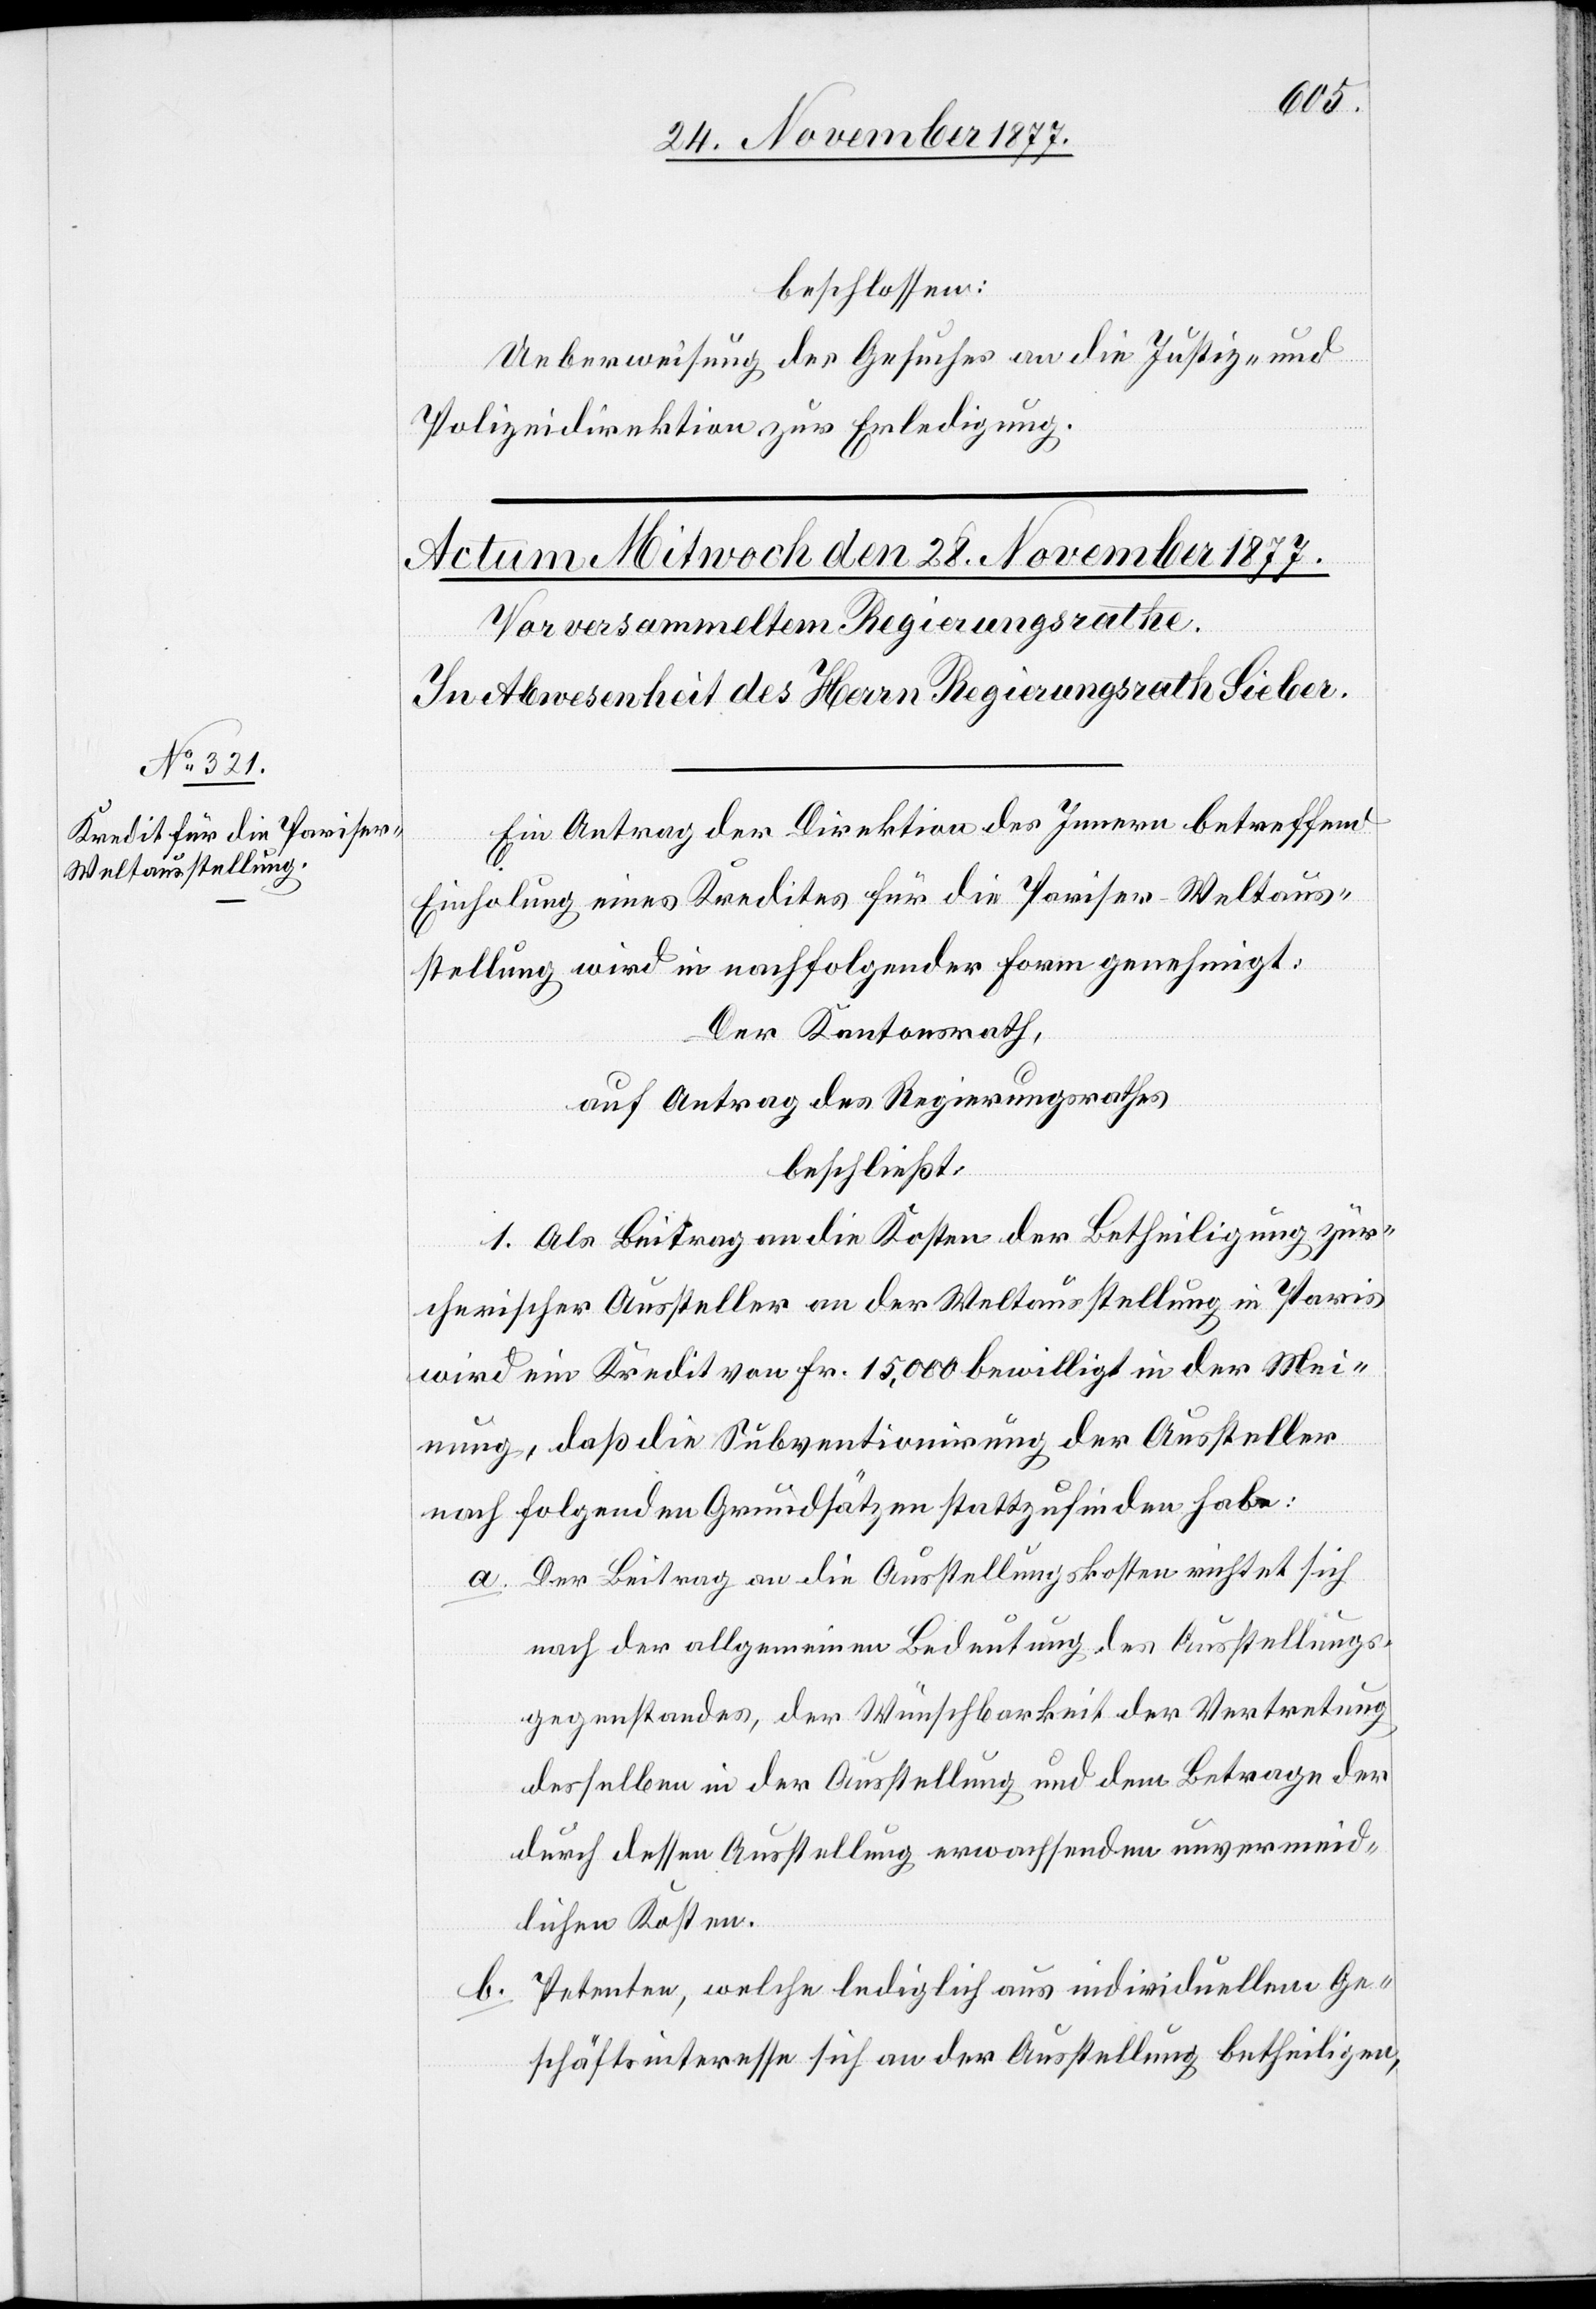
beschlossen:
Ueberweisung des Gesuches an die Justiz- und
Polizeidirektion zur Erledigung.
Ein Antrag der Direktion des Innern betreffend
Einholung eines Kredites für die Pariser-Weltaus¬
stellung wird in nachfolgender Form genehmigt:
Der Kantonsrath,
auf Antrag des Regierungsrathes
beschließt:
1. Als Beitrag an die Kosten der Betheiligung zür¬
cherischer Aussteller an der Weltausstellung in Paris
wird ein Kredit von Fr. 15,000 bewilligt in der Mei¬
nung, daß die Subventionirung der Aussteller
nach folgenden Grundsätzen stattzufinden habe:
Der Beitrag an die Ausstellungskosten richtet sich
nach der allgemeinen Bedeutung des Ausstellungs¬
gegenstandes, der Wünschbarkeit der Vertretung
desselben in der Ausstellung und dem Betrage der
durch dessen Ausstellung erwachsenden unvermeid¬
lichen Kosten.
Petenten, welche lediglich aus individuellem Ge¬
schäftsinteresse sich an der Ausstellung betheiligen,